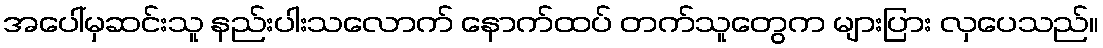
အပေါ်မှဆင်းသူ နည်းပါးသလောက် နောက်ထပ် တက်သူတွေက များပြား လှပေသည်။